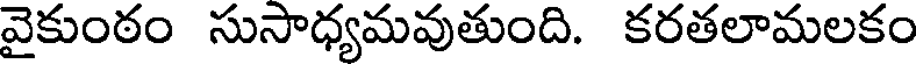
వైకుంఠం సుసాధ్యమవుతుంది. కరతలామలకం